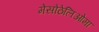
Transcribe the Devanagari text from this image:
मेसोठेलिओमा